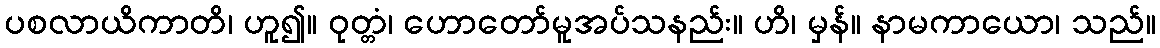
ပစလာယိကာတိ၊ ဟူ၍။ ဝုတ္တံ၊ ဟောတော်မူအပ်သနည်း။ ဟိ၊ မှန်။ နာမကာယော၊ သည်။